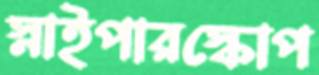
স্নাইপারস্কোপ